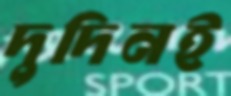
দুদিনই